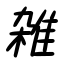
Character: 雑